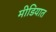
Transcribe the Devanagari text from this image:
मीडियात